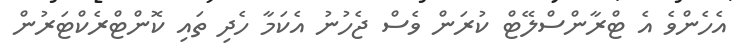
އެހެންވެ އެ ޓްރާންސްލޭޓް ކުރަން ވެސް ޖެހުނު އެކަމާ ހެދި ތައި ކޮންޓްރެކްޓަރުން